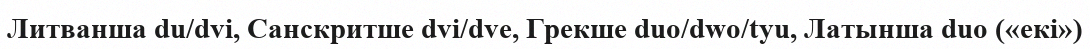
Литванша du/dvi, Санскритше dvi/dve, Грекше duo/dwo/tyu, Латынша duo («екі»)